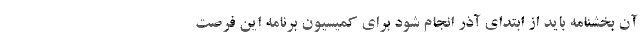
آن بخشنامه باید از ابتدای آذر انجام شود برای کمیسیون برنامه این فرصت